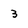
Character: 3